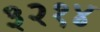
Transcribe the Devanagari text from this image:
३२१४